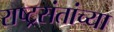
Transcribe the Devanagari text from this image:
राष्ट्रसंतांच्या